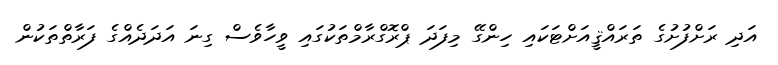
އަދި ރަށްފުށުގެ ތަރައްޤީއަށްޓަކައި ހިންގޭ މިފަދަ ޕްރޮގްރާމްތަކުގައި ވީހާވެސް ގިނަ އަދަދެއްގެ ފަރާތްތަކުން